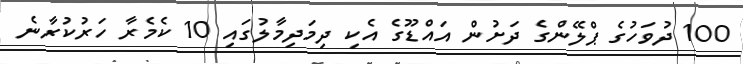
100 ދުވަހުގެ ޕްލޭންގެ ދަށުން އައްޑޫގެ އެކި ދިމަދިމާލުގައި 10 ކެމެރާ ހަރުކުރާނެ